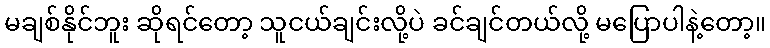
မချစ်နိုင်ဘူး ဆိုရင်တော့ သူငယ်ချင်းလို့ပဲ ခင်ချင်တယ်လို့ မပြောပါနဲ့တော့။